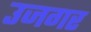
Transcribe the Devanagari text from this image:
उजगर